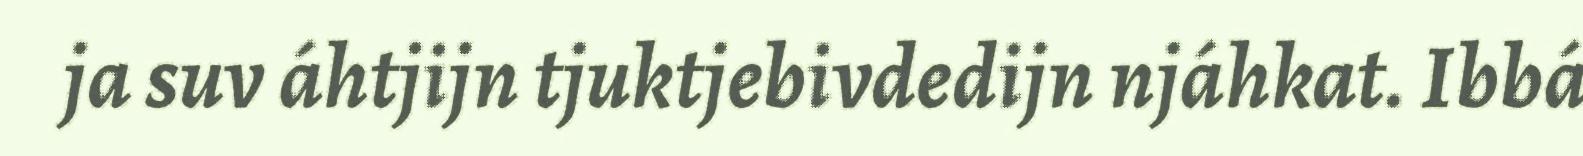
ja suv áhtjijn tjuktjebivdedijn njáhkat. Ibbá